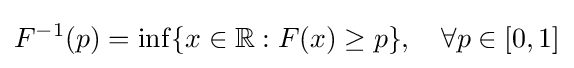
F^{-1}(p)=\inf\{x\in \mathbb {R} :F(x)\geq p\},\quad \forall p\in [0,1]